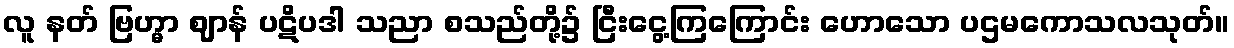
လူ နတ် ဗြဟ္မာ ဈာန် ပဋိပဒါ သညာ စသည်တို့၌ ငြီးငွေ့ကြကြောင်း ဟောသော ပဌမကောသလသုတ်။